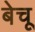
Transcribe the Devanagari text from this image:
बेचू